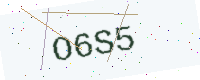
Text: O6S5